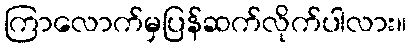
ကြာလောက်မှပြန်ဆက်လိုက်ပါလား။